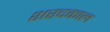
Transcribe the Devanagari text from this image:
शरदकाल